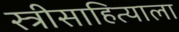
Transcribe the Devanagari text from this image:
स्त्रीसाहित्याला